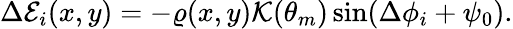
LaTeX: \begin{array}{r}{\Delta{\cal E}_{i}(x,y)=-\varrho(x,y)\mathcal{K}(\theta_{m})\sin(\Delta\phi_{i}+\psi_{0}).}\end{array}